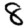
Digit: 8